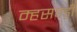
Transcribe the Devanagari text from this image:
म्हसवंडी